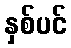
နှစ်ပင်